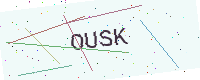
Text: OUSK